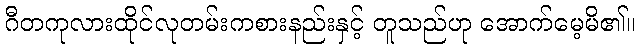
ဂီတကုလားထိုင်လုတမ်းကစားနည်းနှင့် တူသည်ဟု အောက်မေ့မိ၏။